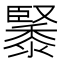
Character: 䵖